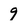
Character: 9